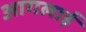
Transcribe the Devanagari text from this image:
आगलाई